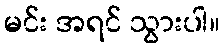
မင်း အရင် သွားပါ။